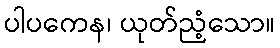
ပါပကေန၊ ယုတ်ညံ့သော။